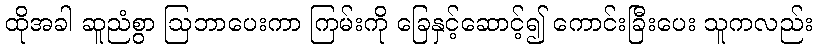
ထိုအခါ ဆူညံစွာ ဩဘာပေးကာ ကြမ်းကို ခြေနှင့်ဆောင့်၍ ကောင်းခြီးပေး သူကလည်း